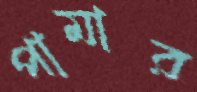
পামার